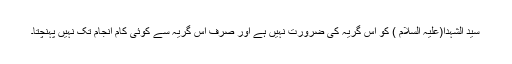
سید الشہدا(علیہ السلام ) کو اس گریہ کی ضرورت نہیں ہے اور صرف اس گریہ سے کوئی کام انجام تک نہیں پہنچتا۔